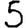
Digit: 5